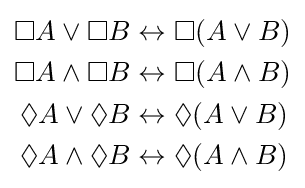
{\begin{aligned}\Box A\vee \Box B&\leftrightarrow \Box (A\vee B)\\\Box A\wedge \Box B&\leftrightarrow \Box (A\wedge B)\\\Diamond A\vee \Diamond B&\leftrightarrow \Diamond (A\vee B)\\\Diamond A\wedge \Diamond B&\leftrightarrow \Diamond (A\wedge B)\end{aligned}}